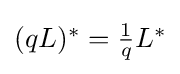
{\textstyle (qL)^{*}={\frac {1}{q}}L^{*}}